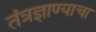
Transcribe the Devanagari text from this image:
तंत्रज्ञाण्याचा